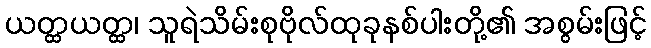
ယတ္ထယတ္ထ၊ သူရဲသိမ်းစုဗိုလ်ထုခုနစ်ပါးတို့၏ အစွမ်းဖြင့်